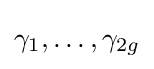
\gamma _{1},\ldots ,\gamma _{2g}